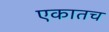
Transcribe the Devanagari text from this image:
एकातच